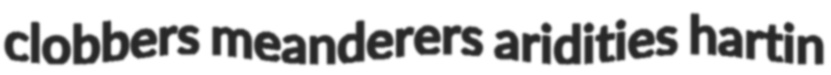
clobbers meanderers aridities hartin